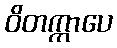
ဝိတက္ကာပေ